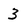
Character: 3